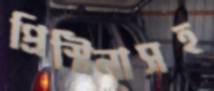
প্রিস্টিনাসহ